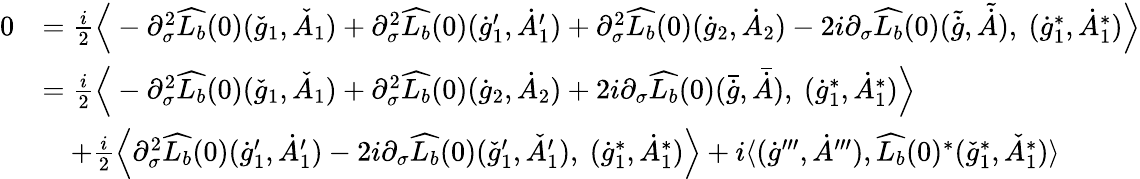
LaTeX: \begin{array}{rl}{0}&{=\frac{i}{2}\Big\langle-\partial_{\sigma}^{2}\widehat{L_{b}}(0)(\check{g}_{1},\check{A}_{1})+\partial_{\sigma}^{2}\widehat{L_{b}}(0)(\dot{g}_{1}^{\prime},\dot{A}_{1}^{\prime})+\partial_{\sigma}^{2}\widehat{L_{b}}(0)(\dot{g}_{2},\dot{A}_{2})-2i\partial_{\sigma}\widehat{L_{b}}(0)(\tilde{\dot{g}},\tilde{\dot{A}}),\ (\dot{g}_{1}^{*},\dot{A}_{1}^{*})\Big\rangle}\\ &{=\frac{i}{2}\Big\langle-\partial_{\sigma}^{2}\widehat{L_{b}}(0)(\check{g}_{1},\check{A}_{1})+\partial_{\sigma}^{2}\widehat{L_{b}}(0)(\dot{g}_{2},\dot{A}_{2})+2i\partial_{\sigma}\widehat{L_{b}}(0)(\bar{\dot{g}},\bar{\dot{A}}),\ (\dot{g}_{1}^{*},\dot{A}_{1}^{*})\Big\rangle}\\ &{\quad+\frac{i}{2}\Big\langle\partial_{\sigma}^{2}\widehat{L_{b}}(0)(\dot{g}_{1}^{\prime},\dot{A}_{1}^{\prime})-2i\partial_{\sigma}\widehat{L_{b}}(0)(\check{g}_{1}^{\prime},\check{A}_{1}^{\prime}),\ (\dot{g}_{1}^{*},\dot{A}_{1}^{*})\Big\rangle+i\langle(\dot{g}^{\prime\prime\prime},\dot{A}^{\prime\prime\prime}),\widehat{L_{b}}(0)^{*}(\check{g}_{1}^{*},\check{A}_{1}^{*})\rangle}\end{array}